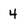
Character: 4